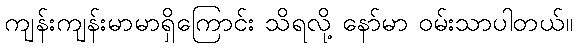
ကျန်းကျန်းမာမာရှိကြောင်း သိရလို့ နော်မာ ဝမ်းသာပါတယ်။